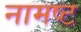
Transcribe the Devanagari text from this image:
नामष्ट